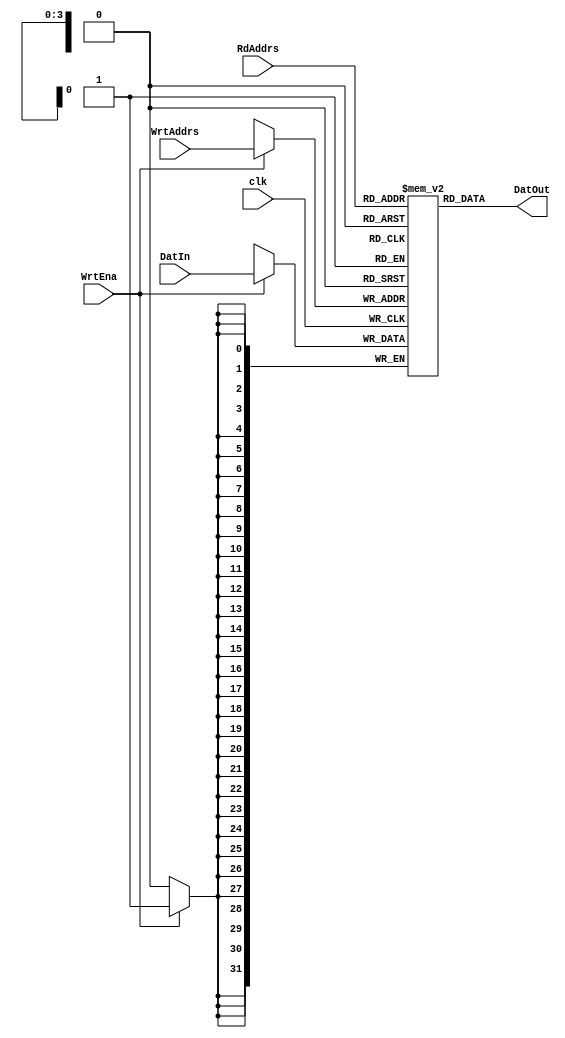
`timescale 1ns / 1ps

module RAM32bits(clk, DatIn, DatOut, WrtAddrs,RdAddrs,WrtEna);

	
   parameter RAM_WIDTH = 32;
   parameter RAM_ADDR_BITS = 4;

	output [31:0]DatOut;
	
	
   input [RAM_ADDR_BITS-1:0] RdAddrs, WrtAddrs;
	input clk,WrtEna;
	input [RAM_WIDTH-1:0] DatIn;

//   (* RAM_STYLE="{AUTO | DISTRIBUTED | PIPE_DISTRIBUTED}" *)
   reg [RAM_WIDTH-1:0] AcquireData [(2**RAM_ADDR_BITS)-1:0];



   always @(posedge clk)
      if (WrtEna)
         AcquireData[WrtAddrs] <= DatIn;

   assign DatOut = AcquireData[RdAddrs];   
					
endmodule